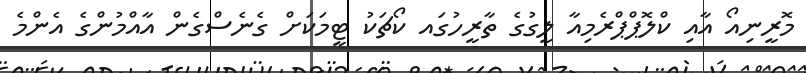
މޮރީނިއޯ އާއި ކްލޮޕްޕްރެމިއާ ލީގުގެ ތާރީހުގައ ކޯޗަކު ޓީމަކަށް ގެނެސްގެން އާއްމުންގެ އެންމެ